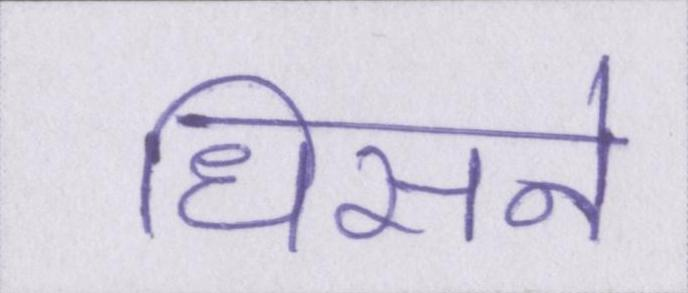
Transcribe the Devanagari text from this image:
धिसने